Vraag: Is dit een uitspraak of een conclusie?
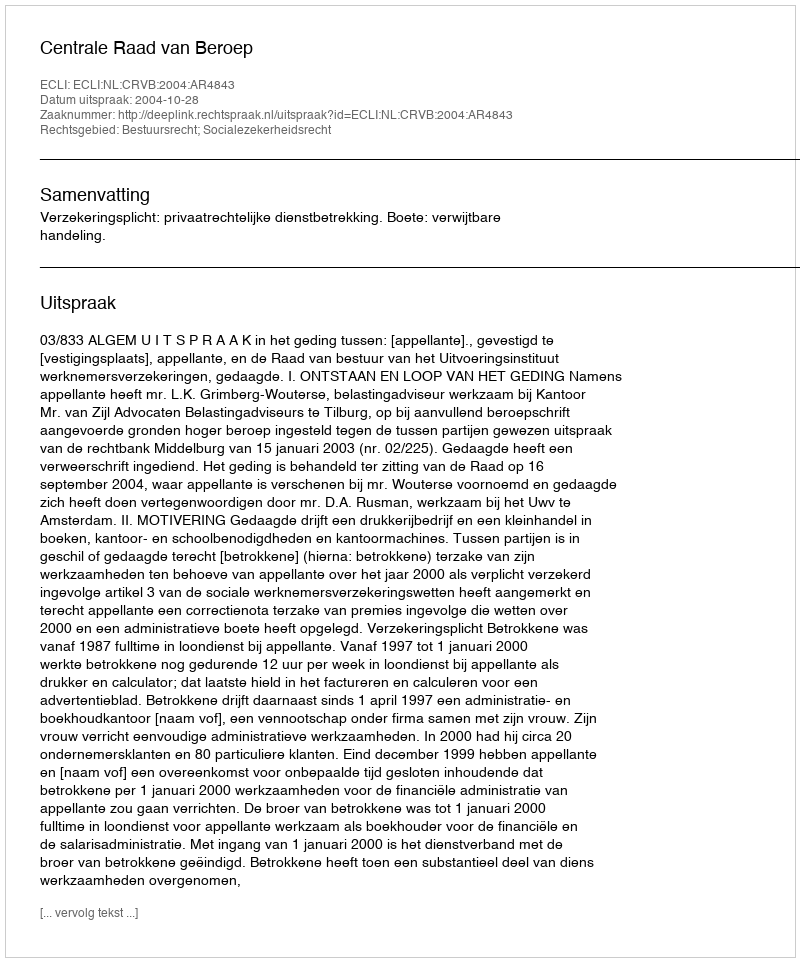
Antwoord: Uitspraak